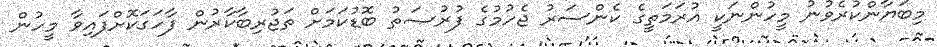
މިބަޔާންކުރެވުނު މީހުންނަކީ އުރަމަތީގެ ކެންސަރު ޖެހުމުގެ ފުރުޞަތު ބޮޑުކަމަށް ތަޖުރިބާކާރުން ފާހަގަކޮށްފައިވާ މީހުން